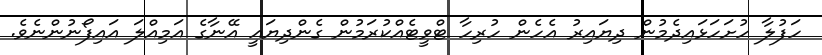
ހަފުލާ ހުށަހަޅައިދެމުން ދިޔައިރު އެހެން ހުރިހާ ޓްވީޓެއްކުރަމުން ގެންދިޔައީ އޭނާގެ އަމިއްލަ އައިފޯނުންނެވެ.